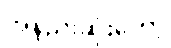
အနည်းဆုံးတော့